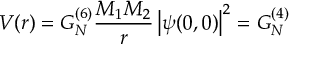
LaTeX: V ( r ) = G _ { N } ^ { ( 6 ) } \frac { M _ { 1 } M _ { 2 } } { r } \left| \psi ( 0 , 0 ) \right| ^ { 2 } = G _ { N } ^ { ( 4 ) }